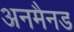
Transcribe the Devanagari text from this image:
अनमैनड